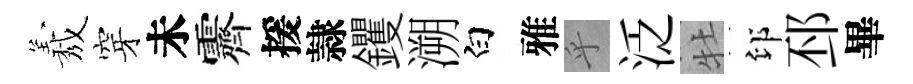
𦏁穿未霽援隷钁溯白雅乎泛牡印邳畢